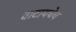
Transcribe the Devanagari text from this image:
वाटायचेच